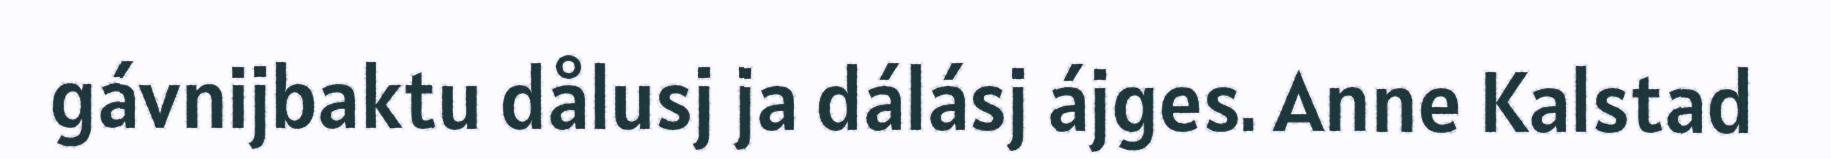
gávnijbaktu dålusj ja dálásj ájges. Anne Kalstad